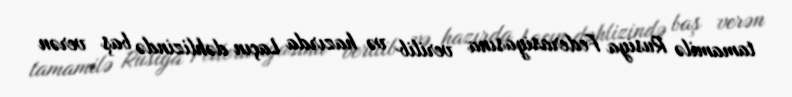
tamamilə Rusiya Federasiyasına verilib və hazırda Laçın dəhlizində baş verən